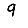
Digit: 9